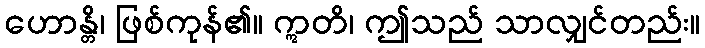
ဟောန္တိ၊ ဖြစ်ကုန်၏။ ဣတိ၊ ဤသည် သာလျှင်တည်း။